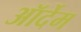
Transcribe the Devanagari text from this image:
ऑर्देम